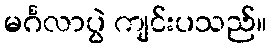
မင်္ဂလာပွဲ ကျင်းပသည်။